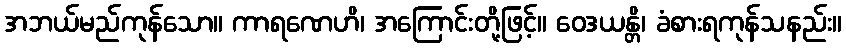
အဘယ်မည်ကုန်သော။ ကာရဏေဟိ၊ အကြောင်းတို့ဖြင့်။ ဝေဒယန္တိ၊ ခံစားရကုန်သနည်း။